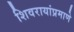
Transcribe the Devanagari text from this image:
शिवरायांप्रमाणे